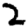
Digit: 2